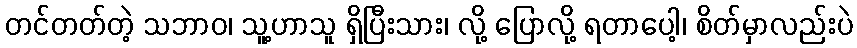
တင်တတ်တဲ့ သဘာဝ၊ သူ့ဟာသူ ရှိပြီးသား၊ လို့ ပြောလို့ ရတာပေါ့၊ စိတ်မှာလည်းပဲ